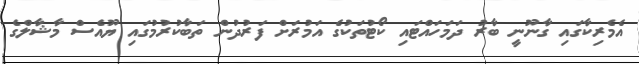
އެމެރިކާގައި ގާނޫނީ ބާރު ދަމަހައްޓައި ކޯޓުތަކުގެ އަމުރަށް ފަރުދުން ތަބާކުރުމުގައި ޔޫއެސް މާޝާލްގެ